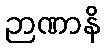
ဉာဏာနိ